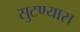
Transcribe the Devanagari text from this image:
सुटण्यास